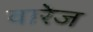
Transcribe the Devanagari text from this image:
वारेज